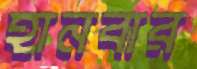
হানবার